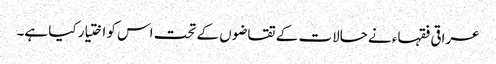
عراقی فقہاء نے حالات کے تقاضوں کے تحت اس کو اختیار کیا ہے۔